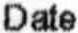
DATE